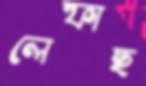
লেফাছ